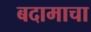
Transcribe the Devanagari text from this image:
बदामाचा